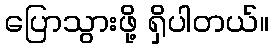
ပြောသွားဖို့ ရှိပါတယ်။